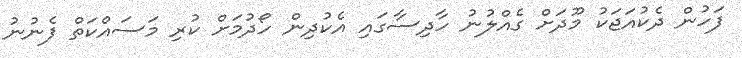
ފަހުން ދެކުއަޖަކު މޫދަށް ގެއްލުނު ހާދިސާގައި އެކުދިން ހޯދުމަށް ކުރި މަސައްކަތް ފެނުނު